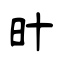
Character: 旪